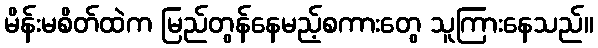
မိန်းမစိတ်ထဲက မြည်တွန်နေမည့်စကားတွေ သူကြားနေသည်။